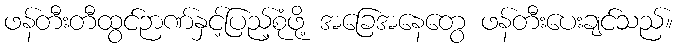
ဖန်တီးတီထွင်ဉာဏ်နှင့်ပြည့်စုံဖို့ အခြေအနေတွေ ဖန်တီးပေးချင်သည်။